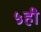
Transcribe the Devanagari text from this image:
५ही